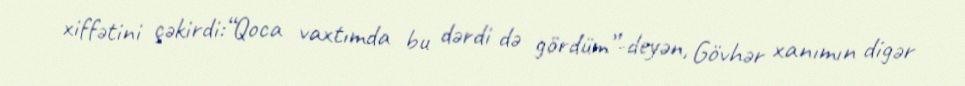
xiffətini çəkirdi:“Qoca vaxtımda bu dərdi də gördüm”-deyən, Gövhər xanımın digər